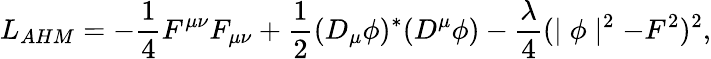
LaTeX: L_{AHM}=-{\frac{1}{4}}F^{\mu\nu}F_{\mu\nu}+{\frac{1}{2}}(D_{\mu}\phi)^{*}(D^{\mu}\phi)-{\frac{\lambda}{4}}(\mid\phi\mid^{2}-F^{2})^{2},